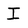
Character: I